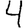
Digit: 4